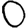
Digit: 0